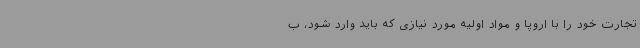
تجارت خود را با اروپا و مواد اولیه مورد نیازی که باید وارد شود، ب